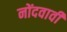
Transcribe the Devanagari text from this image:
नोंदवावी